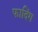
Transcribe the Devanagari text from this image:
फादिंग